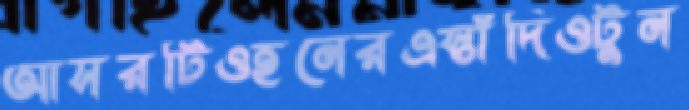
আসরটিওহনেরএস্তাঁদিওটুন